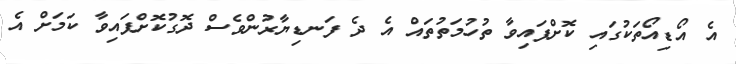
އެ އޯޑިއޯތަކުގައި ކޮށްފައިވާ ތުހުމަތުތައް އެ ދެ ފަނޑިޔާރުންވެސް ދޮގުކޮށްފައިވާ ކަމަށް އެ